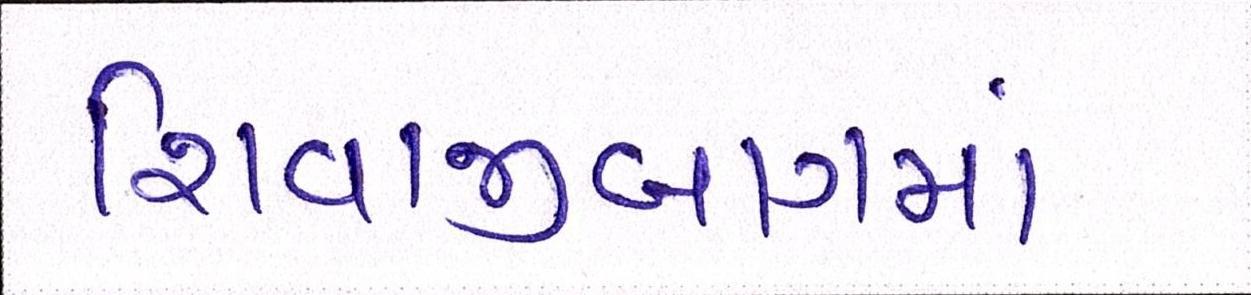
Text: શિવાજીબાગમાં